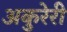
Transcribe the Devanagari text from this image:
अकुरेरी